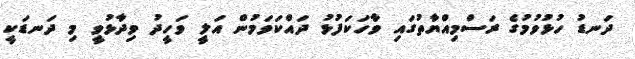
ދަނޑު ހުޅުވުމުގެ ރަސްމިއްޔާތުގައި ވާހަކަފުޅު ދައްކަވަމުން އަލީ ވަހީދު ވިދާޅުވީ މި ދަނޑަކީ